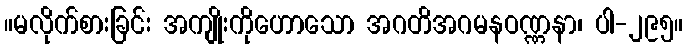
။မလိုက်စားခြင်း အကျိုးကိုဟောသော အဂတိအဂမနဝဏ္ဏနာ၊ ပါ-၂၉၅။